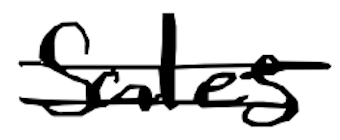
Text: sales
Cross-out: mix
Writing tool: digital_black